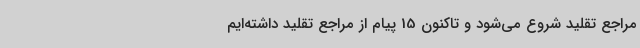
مراجع تقلید شروع می‌شود و تاکنون 15 پیام از مراجع تقلید داشته‌ایم